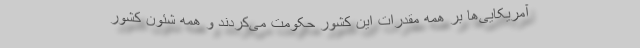
آمریکایی‌ها بر همه مقدرات این کشور حکومت می‌کردند و همه شئون کشور